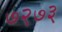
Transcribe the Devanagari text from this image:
७२७३